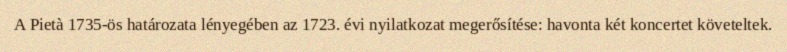
A Pietà 1735-ös határozata lényegében az 1723. évi nyilatkozat megerősítése: havonta két koncertet követeltek.